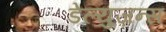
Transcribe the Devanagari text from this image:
डेल्युज़न्स